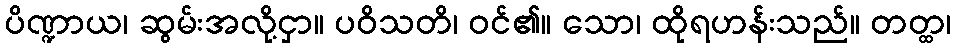
ပိဏ္ဍာယ၊ ဆွမ်းအလို့ငှာ။ ပဝိသတိ၊ ဝင်၏။ သော၊ ထိုရဟန်းသည်။ တတ္ထ၊